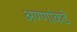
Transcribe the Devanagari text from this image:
अण्णांकडे